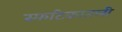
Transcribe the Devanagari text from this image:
स्फटिकातली